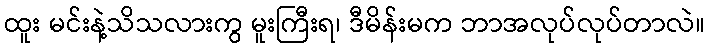
ထူး မင်းနဲ့သိသလားကွ မူးကြီးရ၊ ဒီမိန်းမက ဘာအလုပ်လုပ်တာလဲ။